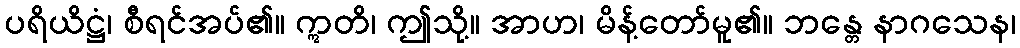
ပရိယိဋ္ဌံ၊ စီရင်အပ်၏။ ဣတိ၊ ဤသို့။ အာဟ၊ မိန့်တော်မူ၏။ ဘန္တေ နာဂသေန၊